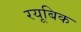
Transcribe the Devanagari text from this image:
रयूबिक